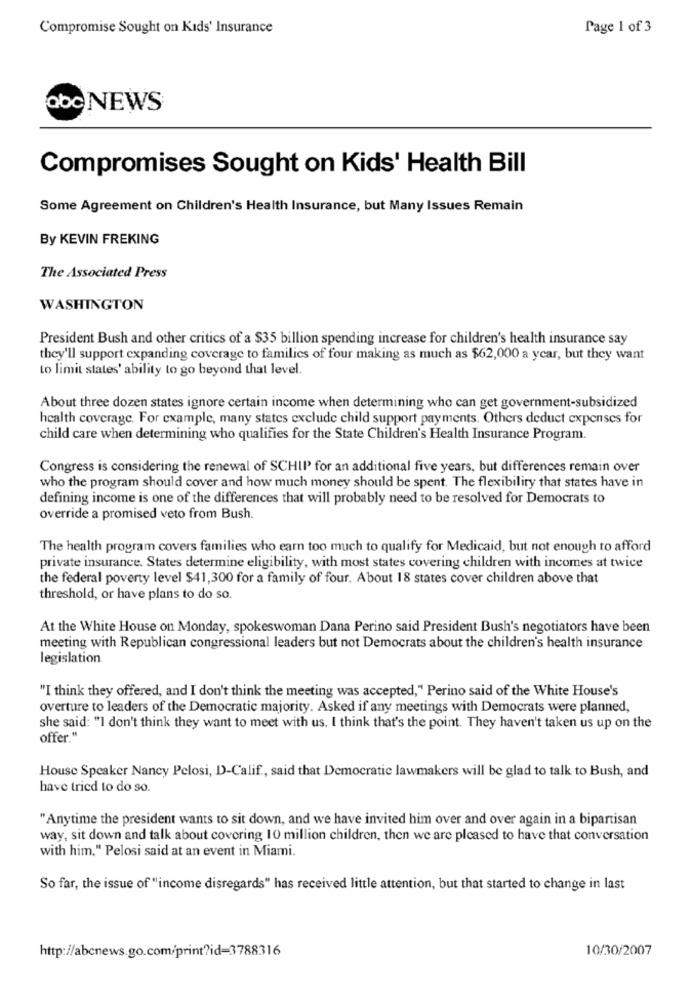
Compromise Sought on Kids' Insurance
Page 1 of 3
abc NEWS
Compromises Sought on Kids' Health Bill
Some Agreement on Children's Health Insurance, but Many Issues Remain
By KEVIN FREKING
The Associated Press
WASHINGTON
President Bush and other critics of a $35 billion spending increase for children's health insurance say
they'll support expanding coverage to families of four making as much as $62,000 a year, but they want
to limit states' ability to go beyond that level.
About three dozen states ignore certain income when determining who can get government-subsidized
health coverage. For example, many states exclude child support payments. Others deduct expenses for
child care when determining who qualifies for the State Children's Health Insurance Program.
Congress is considering the renewal of SCHIP for an additional five years, but differences remain over
who the program should cover and how much money should be spent. The flexibility that states have in
defining income is one of the differences that will probably need to be resolved for Democrats to
override a promised veto from Bush.
The health program covers families who earn too much to qualify for Medicaid, but not enough to afford
private insurance. States determine eligibility, with most states covering children with incomes at twice
the federal poverty level $41,300 for a family of four. About 18 states cover children above that
threshold, or have plans to do so.
At the White House on Monday, spokeswoman Dana Perino said President Bush's negotiators have been
meeting with Republican congressional leaders but not Democrats about the children's health insurance
legislation
"I think they offered, and I don't think the meeting was accepted," Perino said of the White House's
overture to leaders of the Democratic majority. Asked if any meetings with Democrats were planned,
she said: "I don't think they want to meet with us. I think that's the point. They haven't taken us up on the
offer."
House Speaker Nancy Pelosi, D-Calif ., said that Democratic lawmakers will be glad to talk to Bush, and
have tried to do so.
"Anytime the president wants to sit down, and we have invited him over and over again in a bipartisan
way, sit down and talk about covering 10 million children, then we are pleased to have that conversation
with him." Pelosi said at an event in Miami.
So far, the issue of "income disregards" has received little attention, but that started to change in last
http://abcnews.go.com/print?id=3788316
10/30/2007